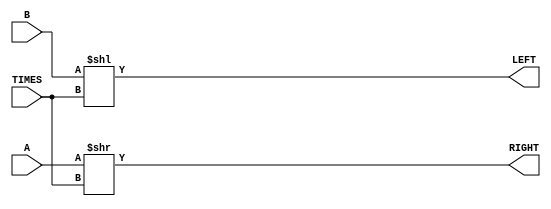
module SHIFT (A, B, TIMES, RIGHT, LEFT);

    input [7:0] A, B;
    input [2:0] TIMES;
    output [ 7:0] RIGHT, LEFT;

    assign RIGHT = A >> TIMES;
    assign LEFT = B << TIMES;

endmodule